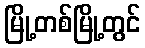
မြို့တစ်မြို့တွင်